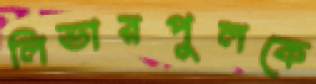
লিভারপুলকে